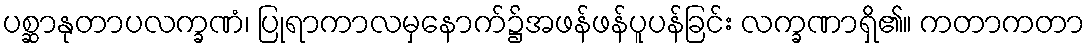
ပစ္ဆာနုတာပလက္ခဏံ၊ ပြုရာကာလမှနောက်၌အဖန်ဖန်ပူပန်ခြင်း လက္ခဏာရှိ၏။ ကတာကတာ